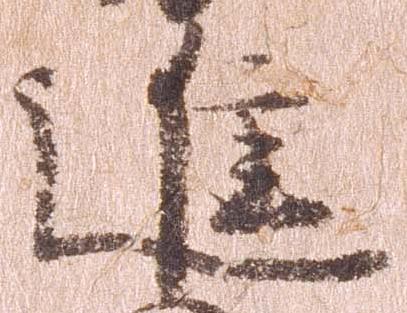
進